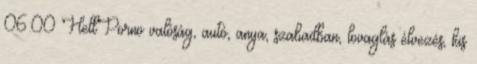
06:00 HellPorno valóság, autó, anya, szabadban, lovaglás élvezés, kis